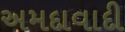
અમદાવાદી